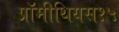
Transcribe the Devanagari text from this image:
प्रॉमीथियस१५